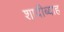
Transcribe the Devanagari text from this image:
शादीब्याह